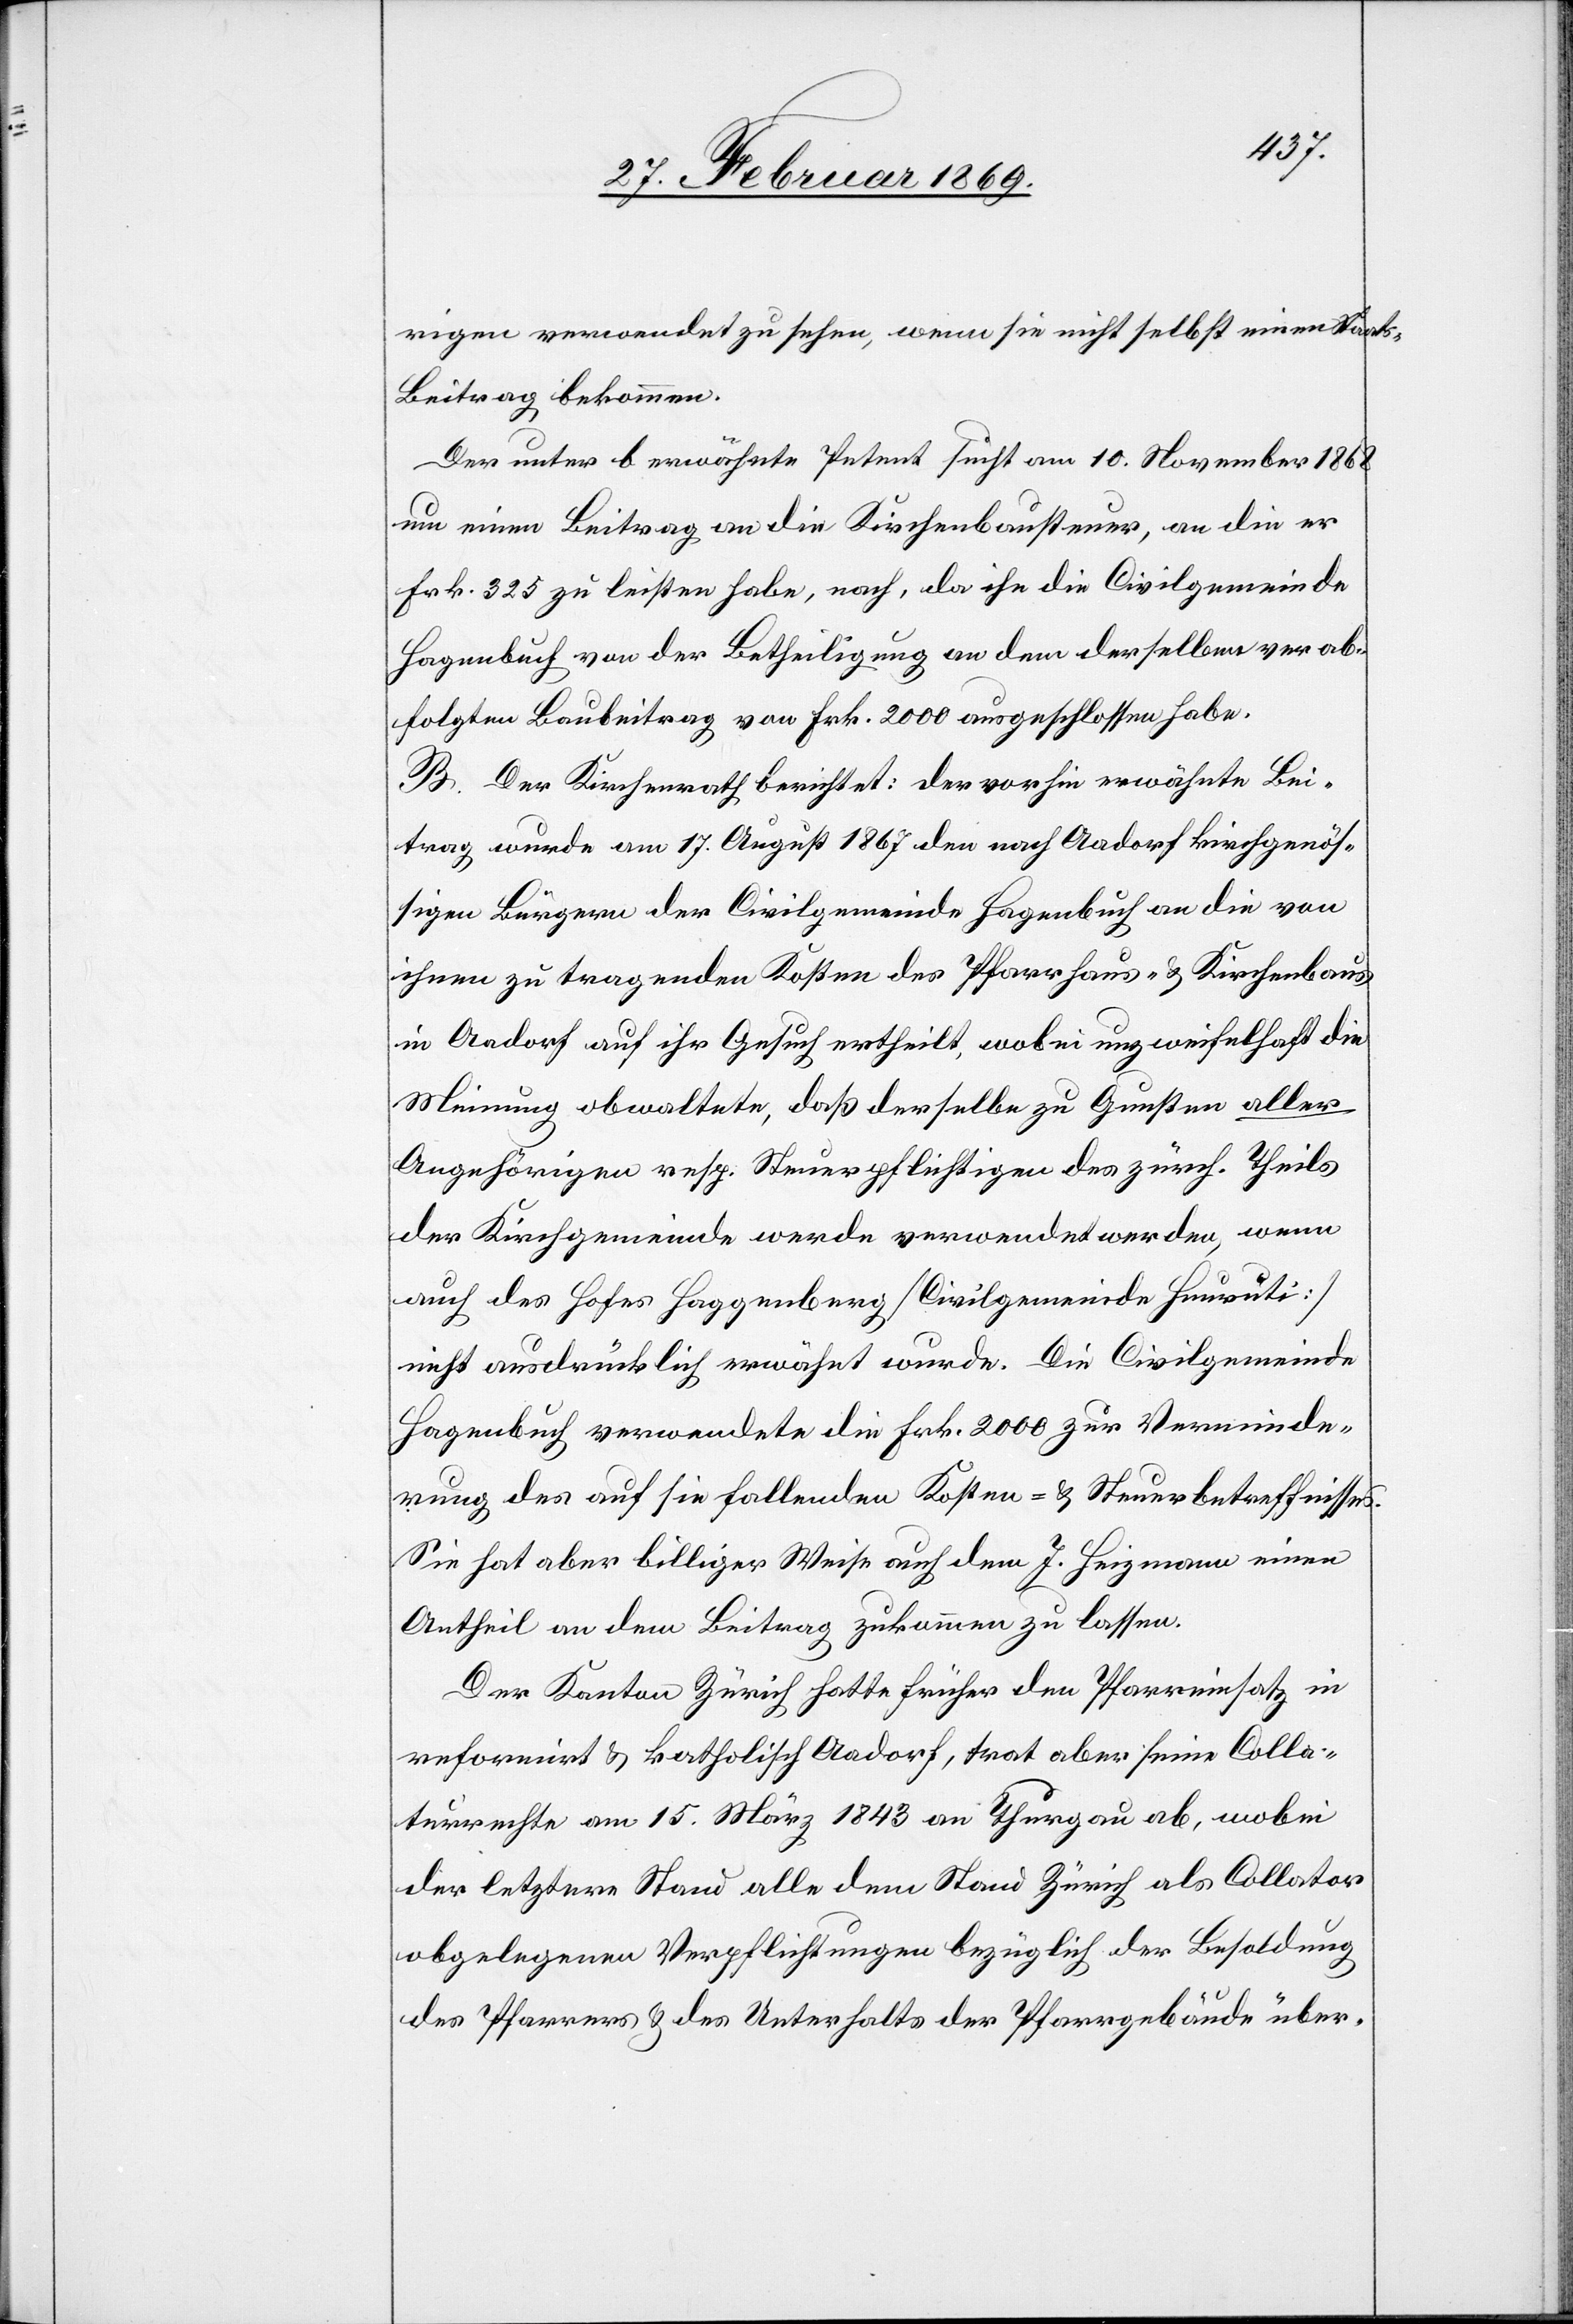
rigen verwendet zu sehen, wenn sie nicht selbst einen Staat¬
s-Beitrag bekommen.
Der unter b erwähnte Petent sucht am 10. November 1868
um einen Beitrag an die Kirchenbausteuer, an die er
Frk. 325 zu leisten habe, nach, da ihn die Civilgemeinde
Hagenbuch von der Betheiligung an dem derselben verab¬
folgten Baubeitrag von Frk. 2000 ausgeschlossen habe.
B. Der Kirchenrath berichtet: Der vorhin erwähnte Bei¬
trag wurde am 17. August 1867 den nach Aadorf kirchgenös¬
sigen Bürgern der Civilgemeinde Hagenbuch an die von
ihnen zu tragenden Kosten des Pfarrhaus- & Kirchenbaus
in Aadorf auf ihr Gesuch ertheilt, wobei unzweifelhaft die
Meinung obwaltete, daß derselbe zu Gunsten aller
Angehörigen resp. Steuerpflichtigen des zürch. Theils
der Kirchgemeinde werde verwendet werden, wenn
auch des Hofes Haggenberg [Civilgemeinde Heurüti]
nicht ausdrücklich erwähnt werde. Die Civilgemeinde
Hagenbuch verwendete die Frk. 2000 zur Verminde¬
rung des auf sie fallenden Kosten- & Steuerbetreffnisses.
Sie hat aber billiger Weise auch dem J. Heizmann einen
Antheil an den Beitrag zukommen zu lassen.
Der Kanton Zürich hatte früher den Pfarreinsatz in
reformirt & katholisch Aadorf, trat aber freie Colla¬
turrechte am 15. März 1843 an Thurgau ab, wobei
der letztere Stand alle dem Stand Zürich als Collator
obgelegenen Verpflichtungen bezüglich der Besoldung
des Pfarrers & des Unterhalts der Pfarrgebäude über-